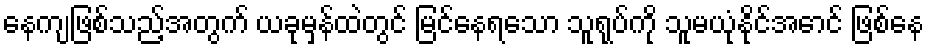
နေကျဖြစ်သည့်အတွက် ယခုမှန်ထဲတွင် မြင်နေရသော သူရုပ်ကို သူမယုံနိုင်အောင် ဖြစ်နေ